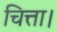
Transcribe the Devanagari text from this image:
चित्ता।